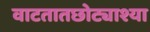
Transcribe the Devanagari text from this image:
वाटतातछोट्याश्या